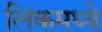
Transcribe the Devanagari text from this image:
लिंकमध्ये